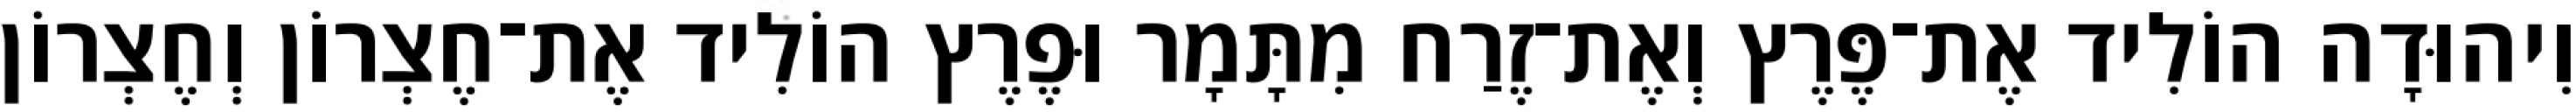
וִיהוּדָה הוֹלִיד אֶת־פֶּרֶץ וְאֶת־זֶרַח מִתָּמָר וּפֶרֶץ הוֹלִיד אֶת־חֶצְרוֹן וְחֶצְרוֹן